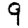
Digit: 9